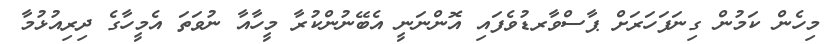
މިހެން ކަމުން ގިނަފަހަރަށް ޕާސްވާރޑުވެފައި އޮންނަނީ އެބޭނުންކުރާ މީހާއާ ނުވަތަ އެމީހާގެ ދިރިއުޅުމާ